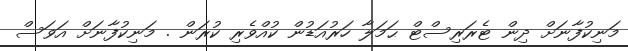
މަނިކުފާނަށް ދިން ޓެރަރިސްޓް ޙަމަލާ ހަރުއަޑުން ކުއްވެރި ކުރަން . މަނިކުފާނަށް އަވަސް